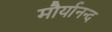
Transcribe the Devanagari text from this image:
मौर्यानन्द